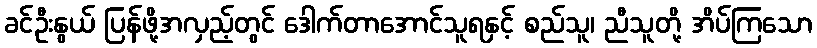
ခင်ဦးနွယ် ပြန်ဖို့အလှည့်တွင် ဒေါက်တာအောင်သူရနှင့် စည်သူ၊ ညီသူတို့ အိပ်ကြသော